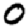
Digit: 0